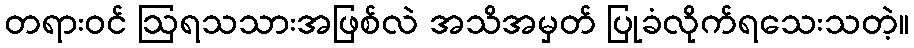
တရားဝင် ဩရသသားအဖြစ်လဲ အသိအမှတ် ပြုခံလိုက်ရသေးသတဲ့။